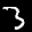
Label: 3